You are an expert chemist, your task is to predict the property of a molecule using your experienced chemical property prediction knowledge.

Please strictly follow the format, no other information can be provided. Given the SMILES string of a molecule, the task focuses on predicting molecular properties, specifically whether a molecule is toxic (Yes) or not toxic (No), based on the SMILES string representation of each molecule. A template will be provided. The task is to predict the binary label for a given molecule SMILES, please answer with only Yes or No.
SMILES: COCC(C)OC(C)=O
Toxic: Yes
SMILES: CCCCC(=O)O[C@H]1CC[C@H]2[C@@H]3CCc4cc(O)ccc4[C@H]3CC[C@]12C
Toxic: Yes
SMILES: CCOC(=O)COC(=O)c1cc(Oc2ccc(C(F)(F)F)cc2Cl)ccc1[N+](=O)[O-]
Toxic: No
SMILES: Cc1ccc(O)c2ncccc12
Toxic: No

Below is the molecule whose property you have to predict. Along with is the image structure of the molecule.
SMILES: FC(F)(F)C(F)(F)C(F)(F)C(F)(F)C(F)(F)C(F)(F)C(F)(F)C(F)(F)Br
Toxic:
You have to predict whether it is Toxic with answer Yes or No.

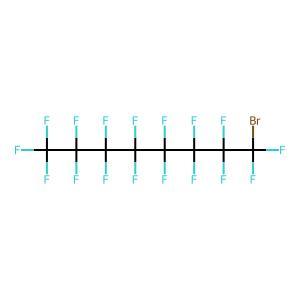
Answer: No